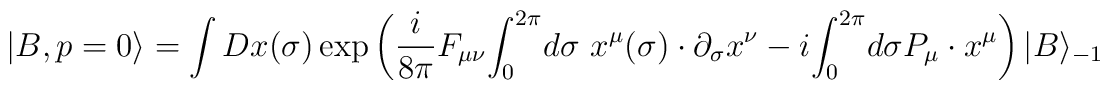
|B, p=0\rangle =\int Dx(\sigma)\exp\left({i\over 8\pi}F_{\mu\nu}{\int_0}^{2\pi} d\sigma ~x^{\mu}(\sigma)\cdot\partial_{\sigma}x^{\nu}-i{\int_0}^{2\pi} d\sigma P_\mu\cdot x^{\mu}\right)|B\rangle_{-1}